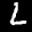
Label: 2